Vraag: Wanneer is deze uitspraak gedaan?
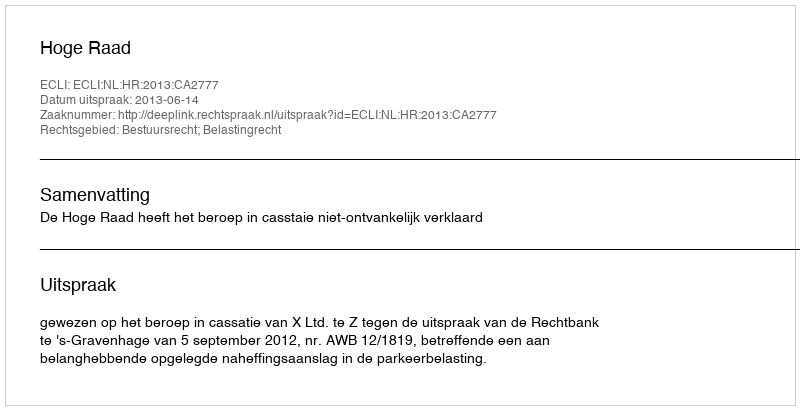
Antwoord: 2013-06-14